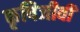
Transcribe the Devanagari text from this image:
कृषिजीवी